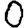
Digit: 0